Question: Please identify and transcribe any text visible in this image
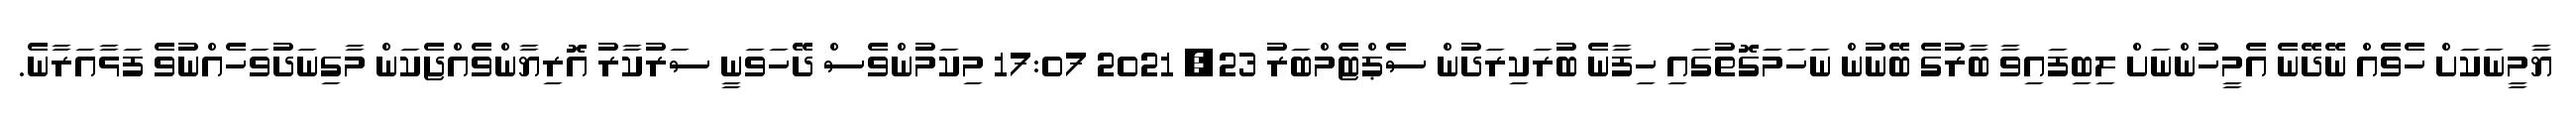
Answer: ޔާމީނަކަށް ހެވެއް ނޭދޭނެ އެމީހުންނަށް ލިބިފައިވާ ބާރުގެ ބޭނުން ނަހަމަގޮތުގައި ހިފާނެ ބުރަކިރަދުން ސެޕްޓެމްބަރު 23, 2021 17:07 މިކަމުންވެސް ދޭހަވަނީ ސަރުކާރު އޮރިޔާންވެއްޖެކަން މާގިނަދުވަހެއްނުވެ ފަޅާއަރާނެ.